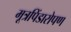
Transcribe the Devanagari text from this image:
मूत्रपिंडारोपण